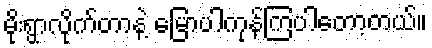
မိုးရွာလိုက်တာနဲ့ မြောပါကုန်ကြပါတော့တယ်။